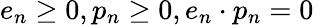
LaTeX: e_{n}\geq 0,p_{n}\geq 0,e_{n}\cdot p_{n}=0\,